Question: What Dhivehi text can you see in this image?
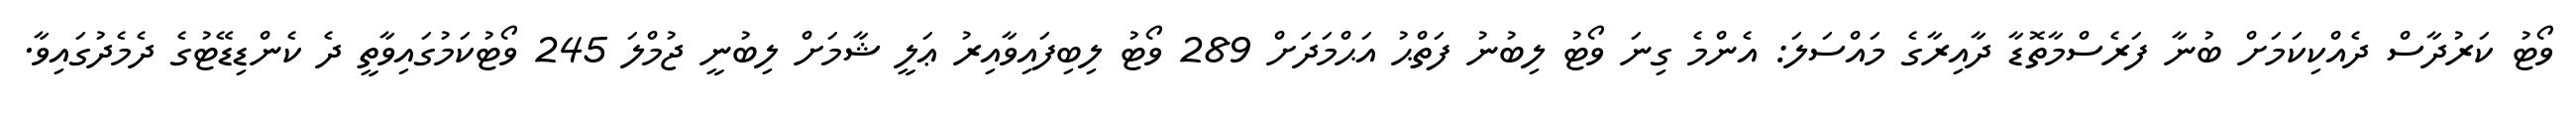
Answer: ވޯޓު ކަރުދާސް ދެއްކިކަމަށް ބުނާ ފަރެސްމާތޮޑާ ދާއިރާގެ މައްސަލަ: އެންމެ ގިނަ ވޯޓު ލިބުނު ފަތްޙު އަޙްމަދަށް 289 ވޯޓު ލިބިފައިވާއިރު ޢަލީ ޝާމަށް ލިބުނީ ޖުމްލަ 245 ވޯޓުކަމުގައިވާތީ ދެ ކެންޑިޑޭޓުގެ ދެމެދުގައިވާ.